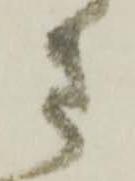
さ